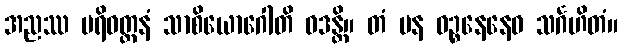
အညဿ ပရိဝတ္တနံ သာစိယောဂေါတိ ဝဒန္တိ။ တံ ပန ဝဉ္စနေနေဝ သင်္ဂဟိတံ။